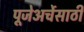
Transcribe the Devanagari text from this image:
पूजेअर्चेसाठी